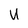
Character: U